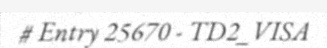
# Entry 25670 - TD2_VISA